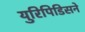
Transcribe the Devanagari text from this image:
युरिपिडिसने